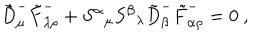
\tilde { D } _ { \mu } ^ { - } \tilde { F } _ { \lambda \rho } ^ { - } + S ^ { \alpha } { } _ { \mu } S ^ { \beta } { } _ { \lambda } \tilde { D } _ { \beta } ^ { - } \tilde { F } _ { \alpha \rho } ^ { - } = 0 ~ ,